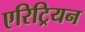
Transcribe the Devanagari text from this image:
एरिट्रियन